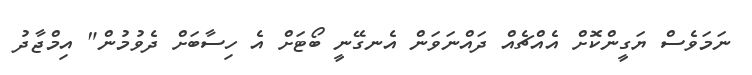
ނަމަވެސް ޔަގީންކޮށް އެއްޗެއް ދައްނަވަން އެނގޭނީ ބޯޓަށް އެ ހިސާބަށް ދެވުމުން" އިމްޖާދު